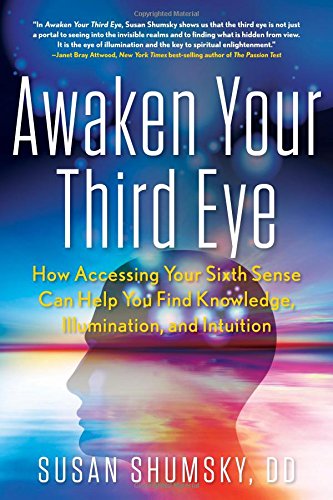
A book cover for Awaken Your Third Eye: How Accessing Your Sixth Sense Can Help You Find Knowledge, Illumination, and Intuition; Susan Shumsky  DD; Religion & Spirituality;